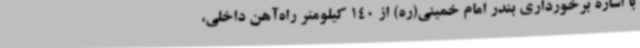
با اشاره برخورداری بندر امام خمینی(ره) از 140 کیلومتر راه‌آهن داخلی،